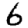
Digit: 6